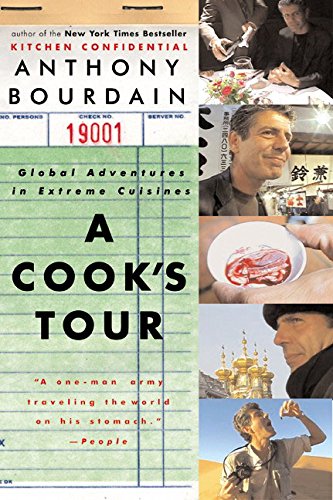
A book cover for A Cook's Tour: Global Adventures in Extreme Cuisines; Anthony Bourdain; Cookbooks, Food & Wine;